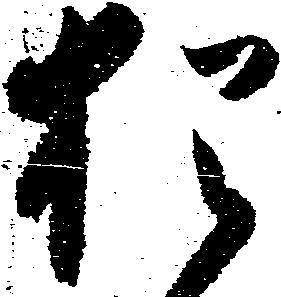
猶